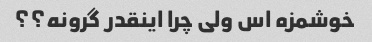
خوشمزه اس ولی چرا اینقدر گرونه؟؟